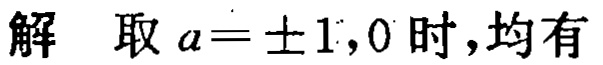
解 取 \(a = \pm 1,0\) 时，均有